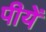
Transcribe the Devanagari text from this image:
पीयें